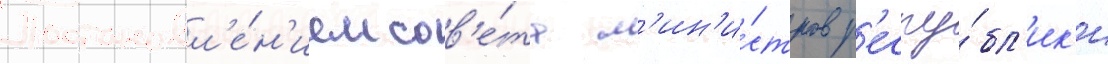
Постановл'е́н'ием сов'е́та м'ин'и́стров р'еспу́бл'ик'и